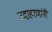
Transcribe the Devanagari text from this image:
उदाहरणांनी